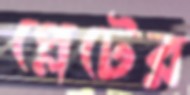
প্লেটের